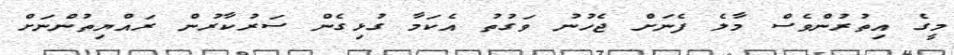
މީގެ އިތުރުންވެސް މާލެ ފެނަށް ޖެހުނު ވަގުތު އެކަމާ ގުޅިގެން ސަރުކާރުން ރައްޔިތުންނަށް